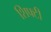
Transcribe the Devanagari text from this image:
शिफ्टी